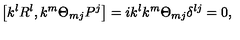
\left[ k ^ { l } R ^ { l } , k ^ { m } \Theta _ { m j } P ^ { j } \right] = i k ^ { l } k ^ { m } \Theta _ { m j } \delta ^ { l j } = 0 ,